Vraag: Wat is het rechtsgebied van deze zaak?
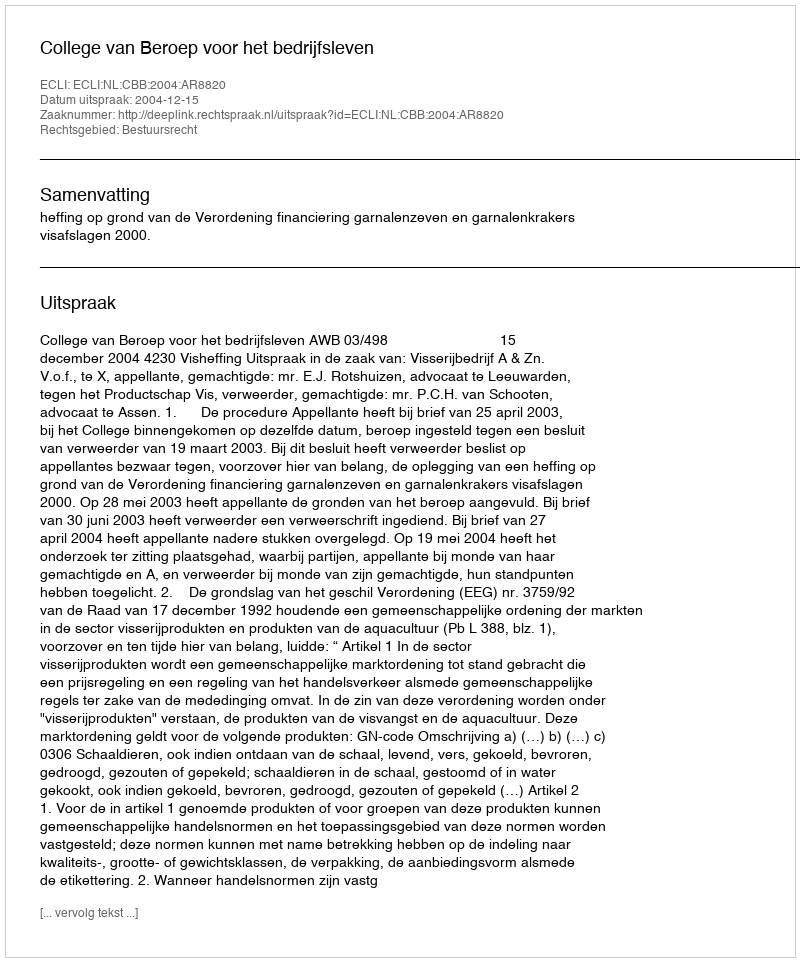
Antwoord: Bestuursrecht